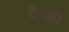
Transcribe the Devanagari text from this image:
टेंबळी